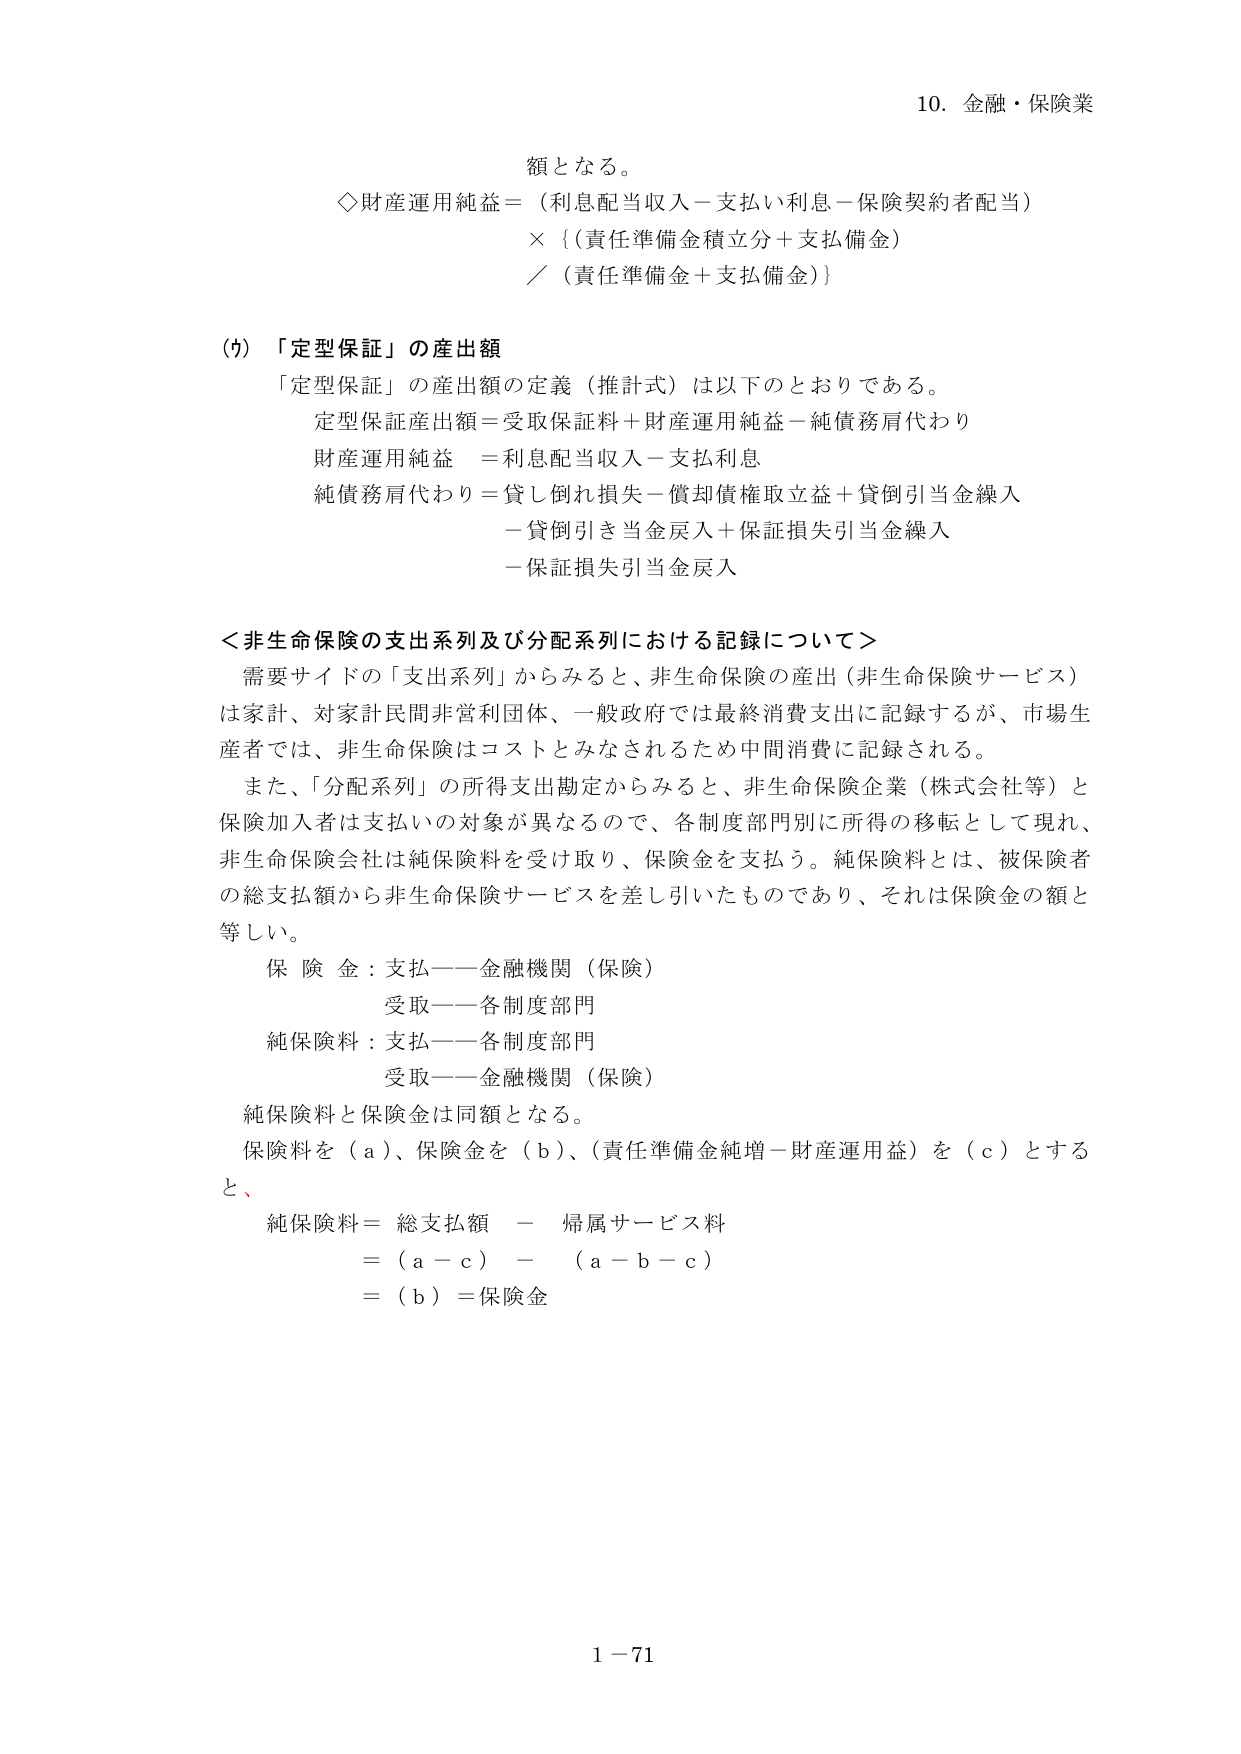
10. 金融・保険業

額となる。
◇財産運用純益＝（利息配当収入－支払い利息－保険契約者配当）
×｛（責任準備金積立分＋支払備金）
／（責任準備金＋支払備金）｝

(7) 「定型保証」の産出額
「定型保証」の産出額の定義（推計式）は以下のとおりである。
定型保証産出額＝受取保証料＋財産運用純益－純債務肩代わり
財産運用純益 ＝利息配当収入－支払利息
純債務肩代わり＝貸し倒れ損失－償却債権取立益＋貸倒引当金繰入
－貸倒引き当金戻入＋保証損失引当金繰入
－保証損失引当金戻入

＜非生命保険の支出系列及び分配系列における記録について＞
需要サイドの「支出系列」からみると、非生命保険の産出（非生命保険サービス）
は家計、対家計民間非営利団体、一般政府では最終消費支出に記録するが、市場生
産者では、非生命保険はコストとみなされるため中間消費に記録される。
また、「分配系列」の所得支出勘定からみると、非生命保険企業（株式会社等）と
保険加入者は支払いの対象が異なるので、各制度部門別に所得の移転として現れ、
非生命保険会社は純保険料を受け取り、保険金を支払う。純保険料とは、被保険者
の総支払額から非生命保険サービスを差し引いたものであり、それは保険金の額と
等しい。
保険金：支払――金融機関（保険）
受取――各制度部門
純保険料：支払――各制度部門
受取――金融機関（保険）
純保険料と保険金は同額となる。
保険料を（a）、保険金を（b）、（責任準備金純増－財産運用益）を（c）とする
と、
純保険料＝ 総支払額 － 帰属サービス料
＝（a－c）－（a－b－c）
＝（b）＝保険金

1－71